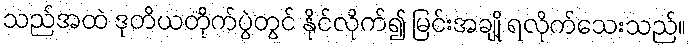
သည်အထဲ ဒုတိယတိုက်ပွဲတွင် နိုင်လိုက်၍ မြင်းအချို့ ရလိုက်သေးသည်။